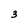
Character: 3